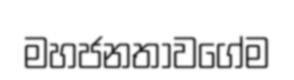
මහජනතාවගේම